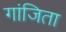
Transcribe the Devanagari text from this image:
गांजिता